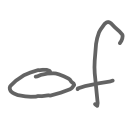
Text: of
Cross-out: clean
Writing tool: digital_gray